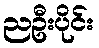
ညဦးပိုင်း